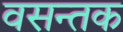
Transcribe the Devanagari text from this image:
वसन्तक